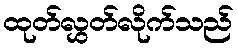
ထုတ်လွှတ်လိုက်သည်